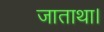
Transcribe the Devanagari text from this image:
जाताथा।